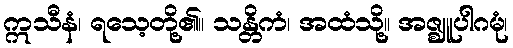
ဣသီနံ၊ ရသေ့တို့၏။ သန္တိကံ၊ အထံသို့။ အဇ္ဈူပါဂမုံ၊